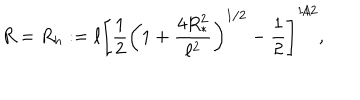
LaTeX: R = R _ { h } : = \ell \left[ \frac { 1 } { 2 } \left( 1 + \frac { 4 R _ { * } ^ { 2 } } { \ell ^ { 2 } } \right) ^ { 1 / 2 } - \frac { 1 } { 2 } \right] ^ { 1 / 2 } ,